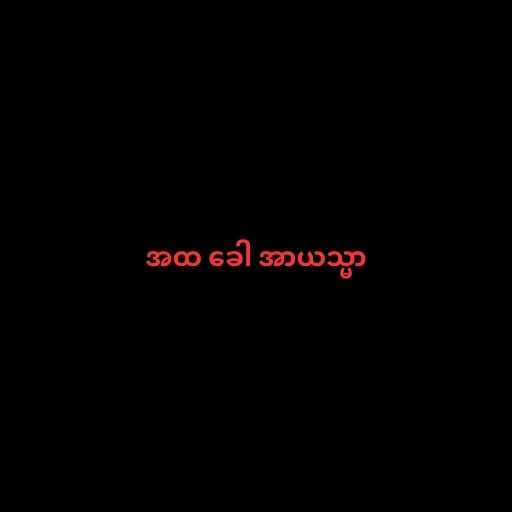
အထ ခေါ အာယသ္မာ